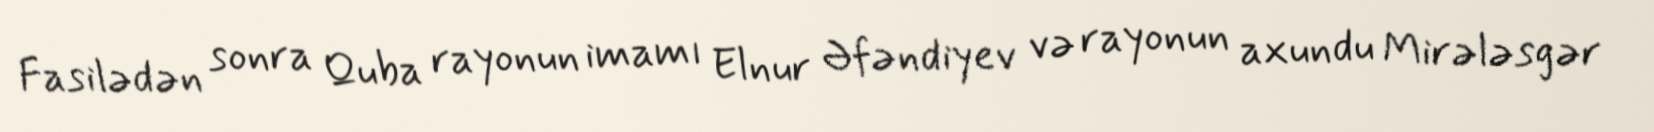
Fasilədən sonra Quba rayonun imamı Elnur Əfəndiyev və rayonun axundu Mirələsgər